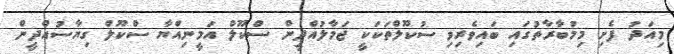
މިއަދު ފެށި މިމުބާރާތުގައި ބައިވެރިވި ސުކޫލްތަކަކީ ޖަމާލުއްދީން ސްކޫލް އަމީނިއްޔާ ސްކޫލް ގިޔާސުއްދީން